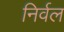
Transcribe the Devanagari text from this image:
निर्वल